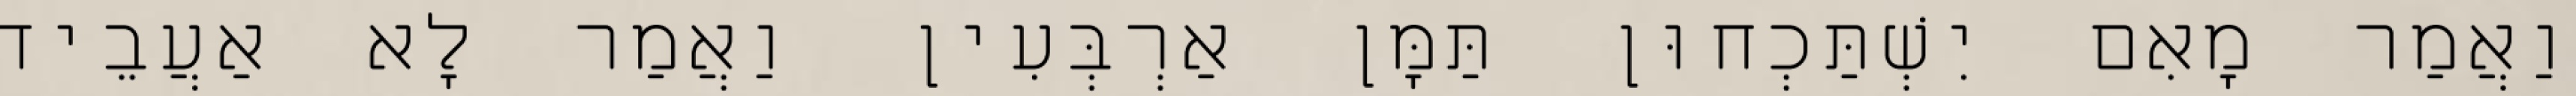
וַאֲמַר מָאִם יִשְׁתַּכְחוּן תַּמָּן אַרְבְּעִין וַאֲמַר לָא אַעֲבֵיד